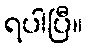
ရပါပြီ။